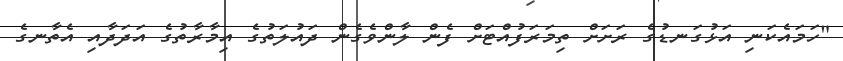
"ހަމައެކަނި އަޅުގަނޑުގެ ރަށަށް ތިމަރަފުއްޓަށް ފެން ލާންވެގެން ދައުލަތުގެ އިމާރާތުގެ އަދަދާއި އެތާނގެ